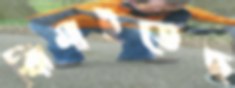
ঝিমাইতেছ